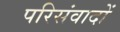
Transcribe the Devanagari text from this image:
परिसंवादों